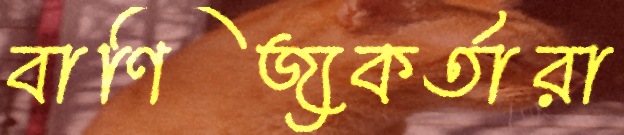
বাণিজ্যকর্তারা